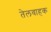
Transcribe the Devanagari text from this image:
तेलवाहक